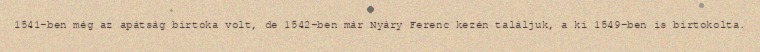
1541-ben még az apátság birtoka volt, de 1542-ben már Nyáry Ferenc kezén találjuk, a ki 1549-ben is birtokolta.